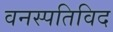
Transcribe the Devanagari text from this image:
वनस्पतिविद